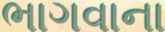
ભાગવાના